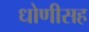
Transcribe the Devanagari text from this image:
धोणीसह